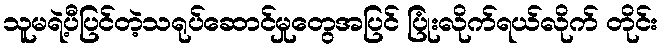
သူမရဲ့ပီပြင်တဲ့သရုပ်ဆောင်မှုတွေအပြင် ပြုံးလိုက်ရယ်လိုက် တိုင်း